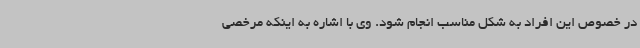
در خصوص این افراد به شکل مناسب انجام شود. وی با اشاره به اینکه مرخصی